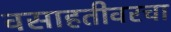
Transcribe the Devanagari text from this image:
वसाहतीवरचा